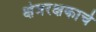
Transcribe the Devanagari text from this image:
क्षेत्ररक्षकाचे